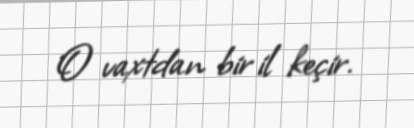
O vaxtdan bir il keçir.